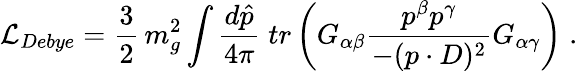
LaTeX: {\cal L}_{Debye}=\frac{3}{2}\, m_{g}^{2}\int\frac{d\hat{p}}{4\pi}\; tr\left(G_{\alpha\beta}\frac{p^{\beta}p^{\gamma}}{-(p\cdot D)^{2}}G_{\alpha\gamma}\right)\; .